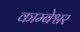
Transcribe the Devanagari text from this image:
काम्बेश्वर